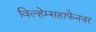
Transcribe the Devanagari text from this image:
विल्हेम्सहाफेनवर